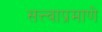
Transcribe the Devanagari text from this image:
सत्त्वाप्रमाणे